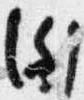
例